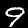
Digit: 9